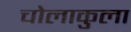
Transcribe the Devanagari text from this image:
चोलाकुला